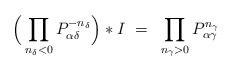
LaTeX: \begin{align*} \Big( \prod_{n_\delta < 0} P_{\alpha\delta}^{-n_\delta} \Big)*I ~=~ \prod_{n_\gamma > 0}P_{\alpha\gamma}^{n_\gamma}\end{align*}